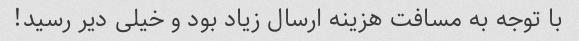
با توجه به مسافت هزینه ارسال زیاد بود و خیلی دیر رسید!